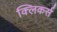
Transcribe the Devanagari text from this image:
क्लिकर्स